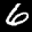
Label: 6